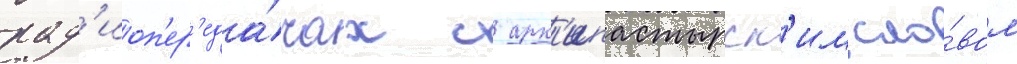
рад'иоп'ер'еда́чах с арх'ипастырск'им сло́вом